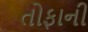
તોફાની